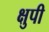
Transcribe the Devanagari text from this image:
क्षुपी